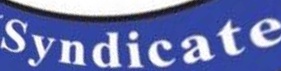
Syndicate